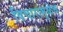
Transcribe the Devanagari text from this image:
विचारामुळेच